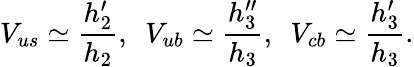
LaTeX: V_{us}\simeq{\frac{h_{2}^{\prime}}{h_{2}}},~~V_{ub}\simeq{\frac{h_{3}^{\prime\prime}}{h_{3}}},~~V_{cb}\simeq{\frac{h_{3}^{\prime}}{h_{3}}}.